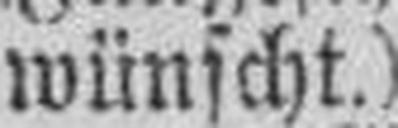
wünscht.)